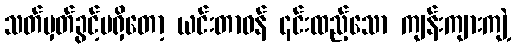
သတ်မှတ်ခွင့်မရှိတော့ ယင်းတာဝန် ၎င်းထည့်သော ကျန်းကျားကျဲ့